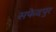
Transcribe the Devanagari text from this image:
सफेदपुर